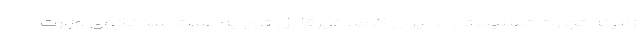
زمینه تجارت تسلیحاتی با ایران کاملا غیرقابل توجیه است سخنگوی وزارت